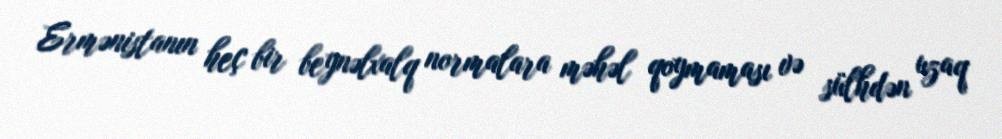
Ermənistanın heç bir beynəlxalq normalara məhəl qoymaması və sülhdən uzaq